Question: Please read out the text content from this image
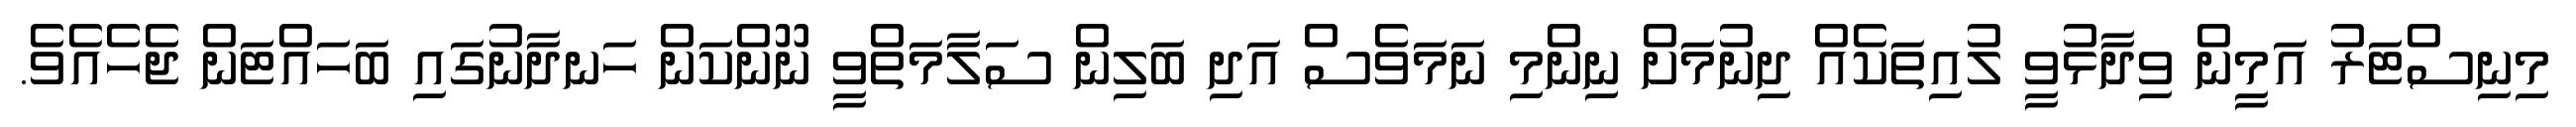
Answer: މިނިސްޓަރު އަމީން ވިދާޅުވީ ލުއިތަކެއް ދިނުމަށް ނިންމި ނަމަވެސް އަދި ބަލިން ސަލާމަތްވީ ނޫންކަން ހަނދާނުގައި ބަހައްޓަން ޖެހެއެވެ.